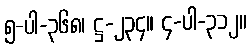
၅-ပါ-၃၆၈၊ ဋ္ဌ-၂၃၄။ ၄-ပါ-၃၁၂။